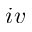
i v